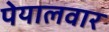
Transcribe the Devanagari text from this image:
पेयालवार